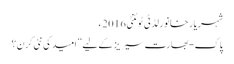
شہریار خانورلڈ ٹی ٹوئنٹی 2016ء
پاک-بھارت سیریز کے لیے ”امید کی نئی کرن؟